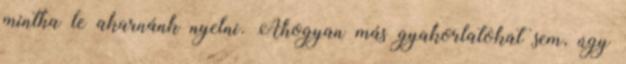
mintha le akarnánk nyelni. Ahogyan más gyakorlatokat sem, úgy